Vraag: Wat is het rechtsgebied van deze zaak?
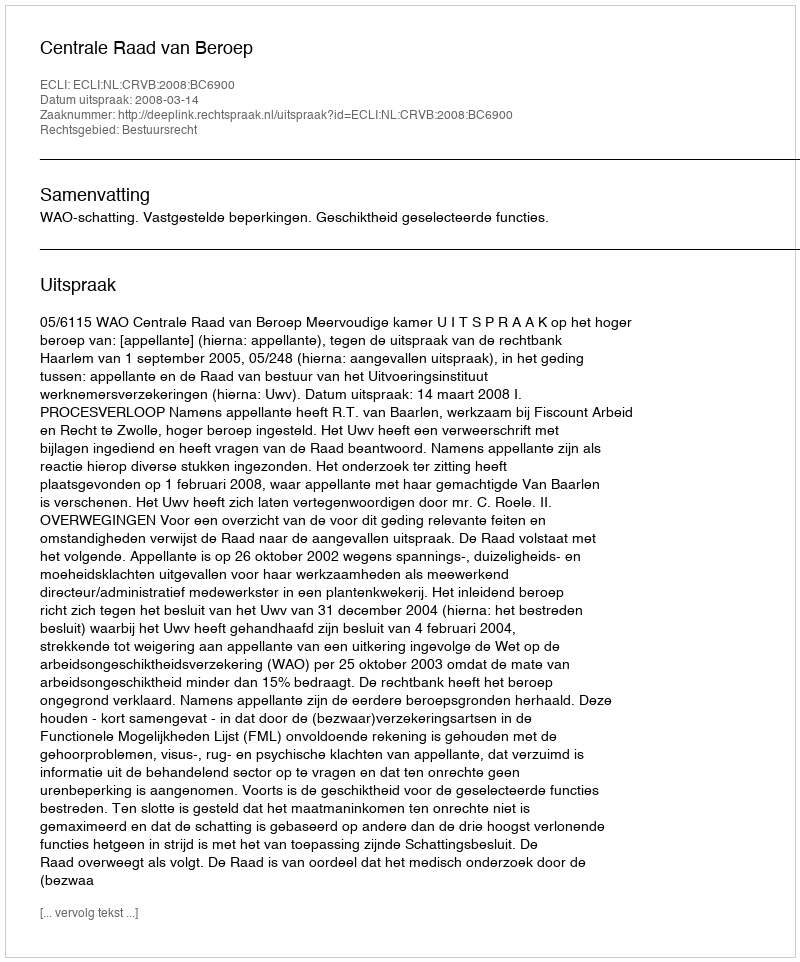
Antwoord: Bestuursrecht